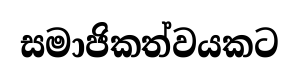
සමාජිකත්වයකට